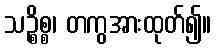
သဉ္စိစ္စ၊ တကွအားထုတ်၍။